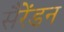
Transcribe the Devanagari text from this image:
सैरेंडन